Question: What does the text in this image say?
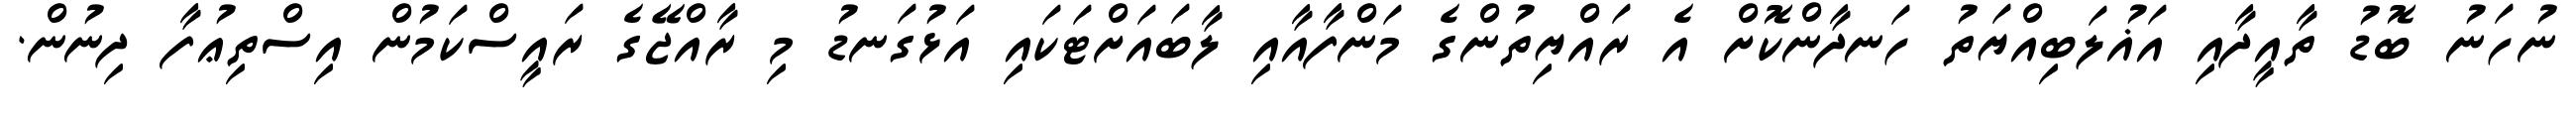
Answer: ނުހަނު ބޮޑު ތާއީދާއި އަޣުލަބިއްޔަތު ހަނދާންކޮށް އެ ރައްޔިތުންގެ މަންފާއާއި ލާބައަށްޓަކައި އަޅުގަނޑު މި ރާއްޖޭގެ ރައީސްކަމުން އިސްތިޢުފާ ދިނުން.